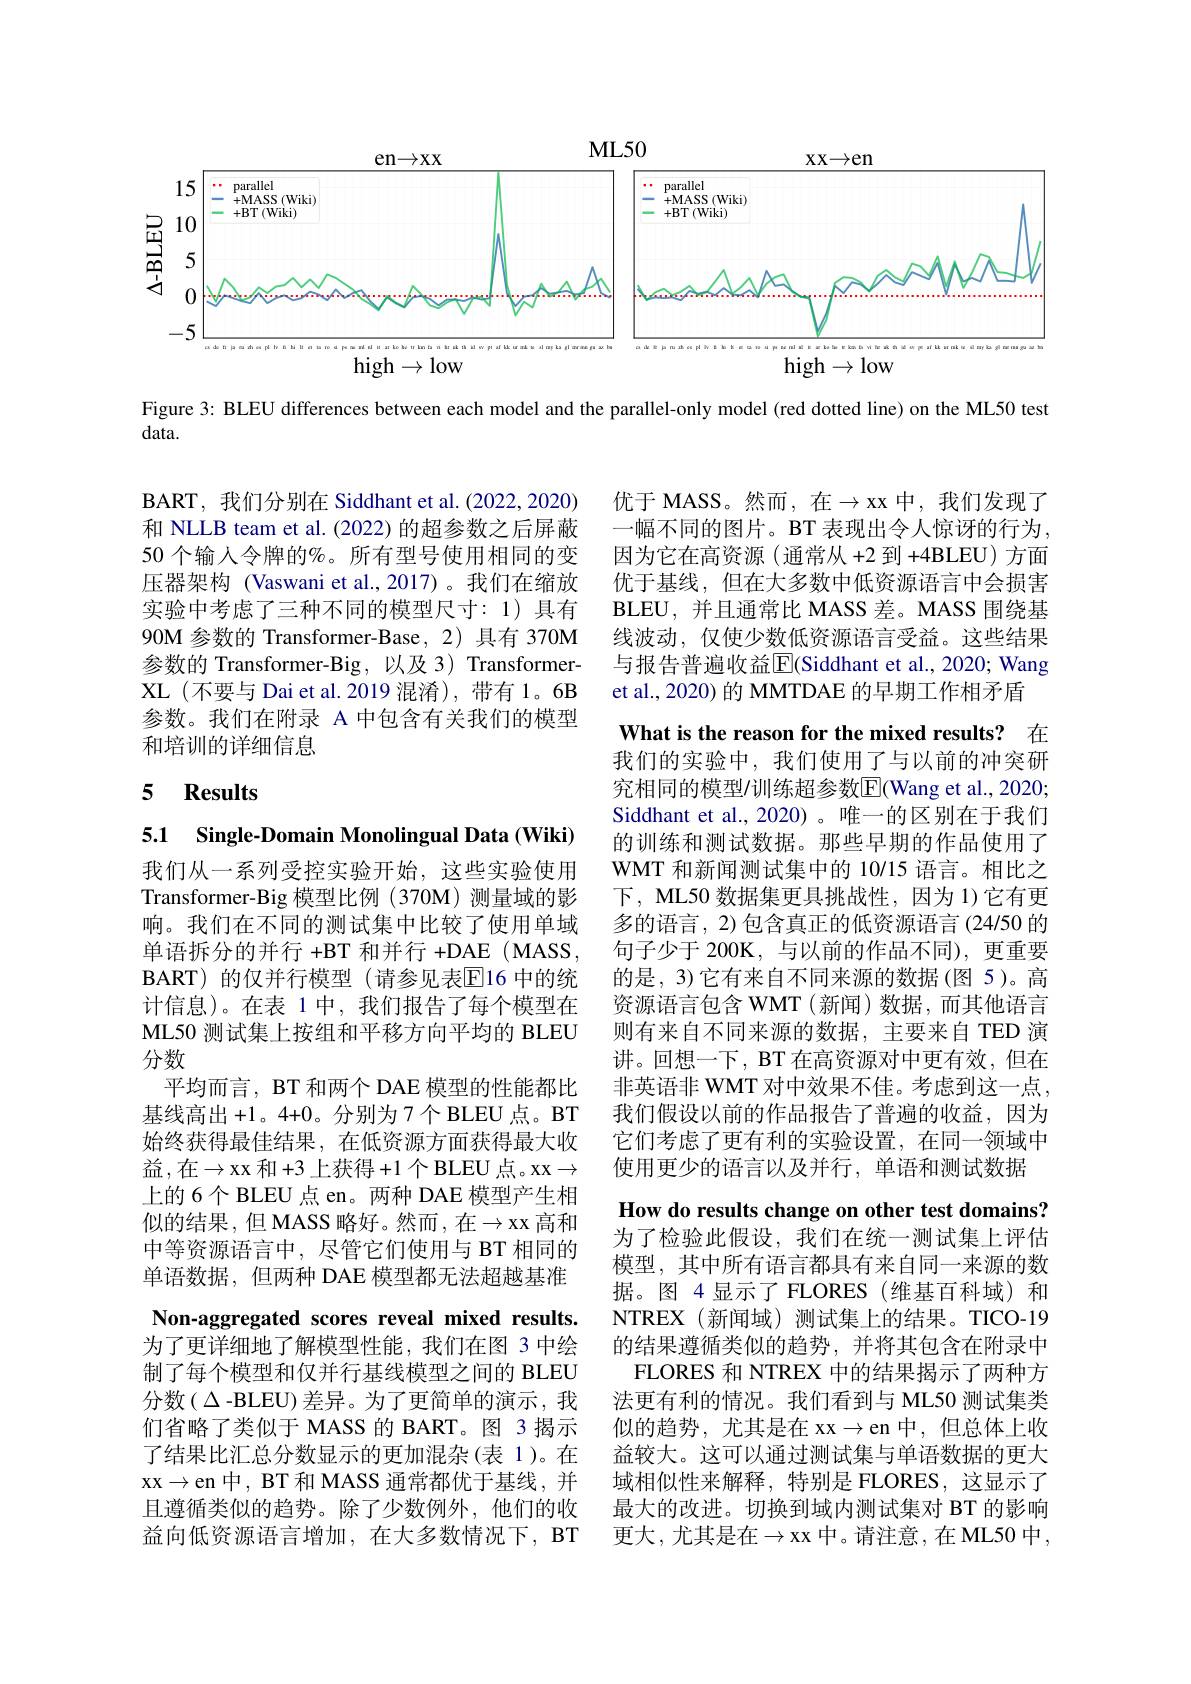
<FigureHere>

Figure 3: BLEU differences between each model and the parallel-only model (red dotted line) on the ML50 test

$data.$

优于 MASS。然而，在$\to$xx中，我们发现了一幅不同的图片。BT 表现出令人惊讶的行为， 因为它在高资源(通常从+2 到 +4BLEU) 方面优于基线，但在大多数中低资源语言中会损害BLEU, 并且通常比 MASS 差。MASS 围绕基线波动，仅使少数低资源语言受益。这些结果与报告普遍收益$\overline{\mathrm{E}}$(Siddhant et al., 2020; Wang et al., 2020) 的 MMTDAE 的早期工作相矛盾

BART, 我们分别在 Siddhant et al.(2022,2020) 和 NLLB team et al. (2022) 的超参数之后屏蔽50 个输入令牌的%。所有型号使用相同的变压器架构 (Vaswani et al.,2017)。我们在缩放实验中考虑了三种不同的模型尺寸：1)具有90M 参数的 Transformer-Base, 2) 具有 370M 参数的 Transformer-Big, 以及 3) TransformerXL(不要与 Dai et al. 2019 混淆), 带有 1。6B 参数。我们在附录 A 中包含有关我们的模型和培训的详细信息

## 5 $\textbf{Results}$

5.1 Single-Domain Monolingual Data (Wiki)

What is the reason for the mixed results? 在我们的实验中，我们使用了与以前的冲突研究相同的模型/训练超参数$\overline{\mathrm{E}}($Wang et al., 2020; Siddhant et al.,2020) 。唯一的区别在于我们的训练和测试数据。那些早期的作品使用了WMT 和新闻测试集中的 10/15 语言。相比之下，ML50 数据集更具挑战性，因为 1)它有更多的语言，2) 包含真正的低资源语言(24/50 的句子少于 200K,与以前的作品不同),更重要的是，3)它有来自不同来源的数据(图 5)。高资源语言包含 WMT (新闻)数据，而其他语言则有来自不同来源的数据，主要来自 TED 演讲。回想一下，BT 在高资源对中更有效，但在非英语非 WMT 对中效果不佳。考虑到这一点， 我们假设以前的作品报告了普遍的收益，因为它们考虑了更有利的实验设置，在同一领域中使用更少的语言以及并行，单语和测试数据
How do results change on other test domains? 为了检验此假设，我们在统一测试集上评估模型，其中所有语言都具有来自同一来源的数据。图 4显示了 FLORES(维基百科域)和NTREX(新闻域)测试集上的结果。TICO-19的结果遵循类似的趋势，并将其包含在附录中
FLORES 和 NTREX 中的结果揭示了两种方法更有利的情况。我们看到与 ML50 测试集类似的趋势，尤其是在 xx$\to$en 中，但总体上收益较大。这可以通过测试集与单语数据的更大域相似性来解释，特别是 FLORES,这显示了最大的改进。切换到域内测试集对 BT 的影响更大，尤其是在$\to$xx 中。请注意，在 ML50 中，

我们从一系列受控实验开始，这些实验使用Transformer-Big 模型比例(370M)测量域的影响。我们在不同的测试集中比较了使用单域单语拆分的并行 +BT 和并行 +DAE (MASS, BART)的仅并行模型(请参见表$\overline{\mathrm{E}}$16 中的统计信息)。在表 1 中，我们报告了每个模型在ML50 测试集上按组和平移方向平均的 BLEU 分数
平均而言，BT 和两个 DAE 模型的性能都比基线高出 +1。4+0。分别为 7个 BLEU 点。BT 始终获得最佳结果，在低资源方面获得最大收益，在$\to$xx 和+3 上获得+1 个 BLEU 点。xx$\to$ 上的 6个 BLEU 点 en。两种 DAE 模型产生相似的结果，但 MASS 略好。然而，在$\to$xx 高和中等资源语言中，尽管它们使用与 BT 相同的单语数据，但两种 DAE 模型都无法超越基准Non-aggregated scores reveal mixed results. 为了更详细地了解模型性能，我们在图 3 中绘制了每个模型和仅并行基线模型之间的 BLEU 分数( $\Delta$ -BLEU) 差异。为了更简单的演示，我们省略了类似于 MASS 的 BART。图 3 揭示了结果比汇总分数显示的更加混杂(表 1)。在xx$\to$en 中，BT 和 MASS 通常都优于基线，并且遵循类似的趋势。除了少数例外，他们的收益向低资源语言增加，在大多数情况下，BT